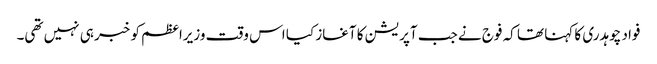
فواد چوہدری کا کہنا تھا کہ فوج نے جب آپریشن کا آغاز کیا اس وقت وزیراعظم کو خبر ہی نہیں تھی۔